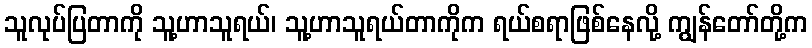
သူလုပ်ပြတာကို သူ့ဟာသူရယ်၊ သူ့ဟာသူရယ်တာကိုက ရယ်စရာဖြစ်နေလို့ ကျွန်တော်တို့က